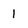
Character: 1